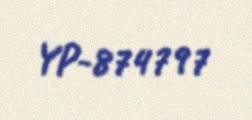
YP-874797